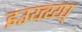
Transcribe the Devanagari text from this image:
इउय्त्य्य्घ्